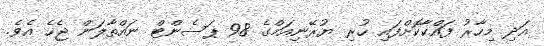
އަދި މިހާރު ފައްކާކޮށްފައި ހުރި ޔުރޭނިއަމްގެ 98 ޕަސެންޓް ނައްތާލަން ޖެހެ އެވެ.